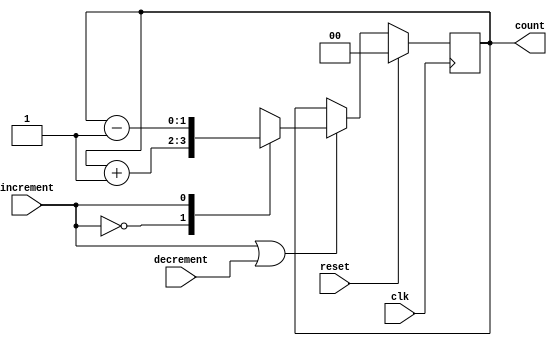
`timescale 1ns / 1ps
//////////////////////////////////////////////////////////////////////////////////
// Company: 
// Engineer: 
// 
// Design Name: 
// Module Name:    counter 
// Project Name: 
// Target Devices: 
// Tool versions: 
// Description: 
//
// Dependencies: 
//
// Revision: 
// Revision 0.01 - File Created
// Additional Comments: 
//
//////////////////////////////////////////////////////////////////////////////////
module counter(
       input increment,
		 input decrement,
		 input clk,
		 input reset,
		 output reg[1:0] count
    );
reg enable;
reg[1:0] mux_out;

always@(*)
enable=increment|decrement;

always@(*)
begin
case(increment)
1'b0:mux_out=count+1;
1'b1:mux_out=count-1;
endcase
end

always@(posedge clk)
begin
if(reset)
count<=#1 0;
else if(enable)
count<=mux_out;
end

endmodule